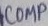
Text: COMP